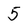
Character: 5